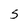
Character: S